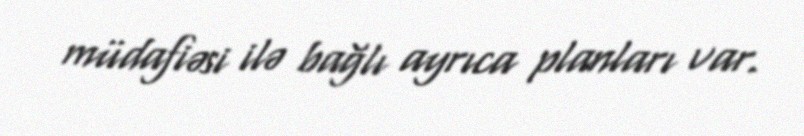
müdafiəsi ilə bağlı ayrıca planları var.